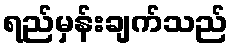
ရည်မှန်းချက်သည်